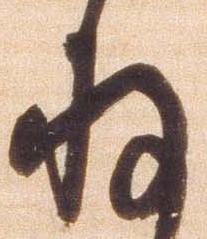
存